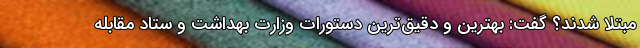
مبتلا شدند؟ گفت: بهترین و دقیق‌ترین دستورات وزارت بهداشت و ستاد مقابله